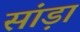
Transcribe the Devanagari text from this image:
सांड़ा